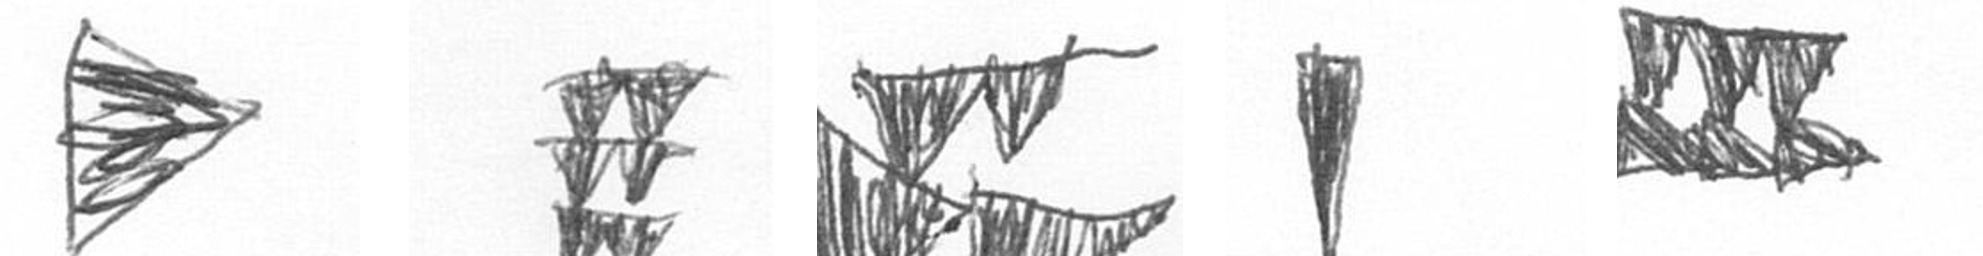
T Y B J D